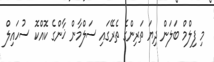
މި ފިލްމް ބަލަން ދިޔަ ތަރިންގެ ތެރޭގައި ސަލްމާން ޚާންގެ ކޮއްކޮ ސުހައިލް